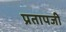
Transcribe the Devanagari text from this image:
प्रतापजी